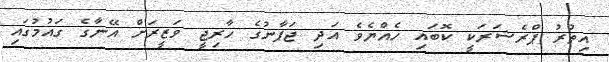
އިތުރު ޕްރެޝަރަކީ ކޮބައި ހެއްޔެވެ އަދި ޖަޕާނުގެ ހާރިޖީ ވަޒީރަށް އޭނާގެ ގައުމުގައި